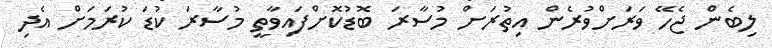
ލިބެން ޖެހޭ ވަރަށްވުރެން އިތުރަށް މުސާރަ ބޮޑުކޮށްފައިވާތީ މުސާރަ ކުޑަ ކުރަމަށް އެދި